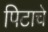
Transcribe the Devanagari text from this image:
पिटाचे